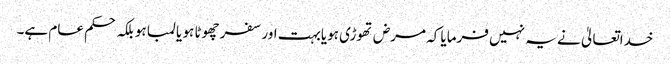
خداتعالیٰ نے یہ نہیں فرمایا کہ مرض تھوڑی ہویابہت اور سفر چھوٹا ہو یا لمبا ہو بلکہ حکم عام ہے۔